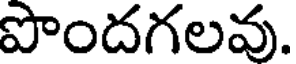
పొందగలవు.